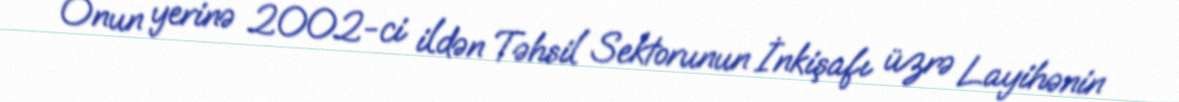
Onun yerinə 2002-ci ildən Təhsil Sektorunun İnkişafı üzrə Layihənin